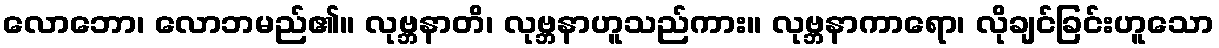
လောဘော၊ လောဘမည်၏။ လုဗ္ဘနာတိ၊ လုဗ္ဘနာဟူသည်ကား။ လုဗ္ဘနာကာရော၊ လိုချင်ခြင်းဟူသော